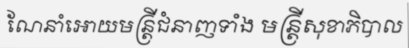
ណែនាំអោយមន្ត្រីជំនាញទាំង មន្ត្រីសុខាភិបាល